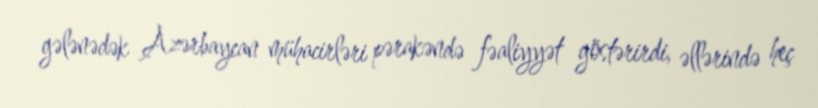
gələnədək Azərbaycan mühacirləri pərakəndə fəaliyyət göstərirdi, əllərində heç